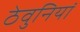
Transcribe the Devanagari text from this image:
ठेवुनियां